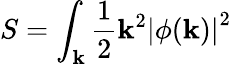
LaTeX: S=\int_{\mathbf{k}}{\frac{{1}}{{2}}}\mathbf{k}^{2}\left|\phi(\mathbf{k})\right|^{2}